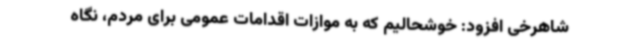
شاهرخی افزود: خوشحالیم که به موازات اقدامات عمومی برای مردم، نگاه